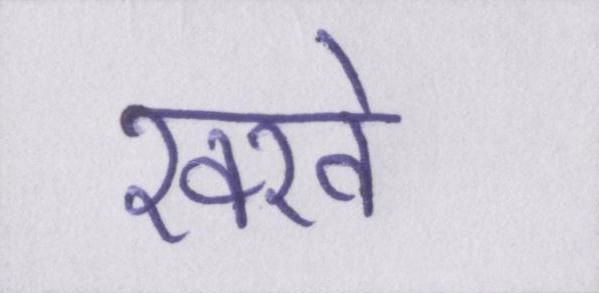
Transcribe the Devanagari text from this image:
रक्खे